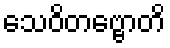
သေဝိတဗ္ဗောတိ